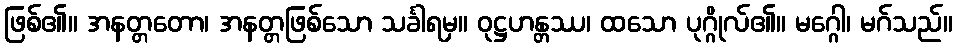
ဖြစ်၏။ အနတ္တတော၊ အနတ္တဖြစ်သော သင်္ခါရမှ။ ဝုဋ္ဌဟန္တဿ၊ ထသော ပုဂ္ဂိုလ်၏။ မဂ္ဂေါ၊ မဂ်သည်။